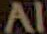
Al